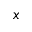
x